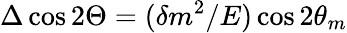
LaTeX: \Delta\cos 2\Theta=(\delta m^{2}/E)\cos 2\theta_{m}